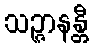
သဉ္ဇာနန္တီ